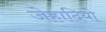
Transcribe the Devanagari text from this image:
जेहादियो